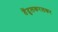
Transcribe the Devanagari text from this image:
तेंदुलकरलकर